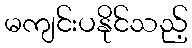
မကျင်းပနိုင်သည့်